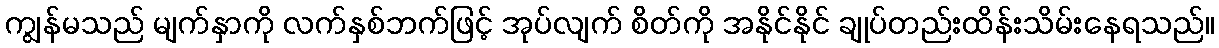
ကျွန်မသည် မျက်နှာကို လက်နှစ်ဘက်ဖြင့် အုပ်လျက် စိတ်ကို အနိုင်နိုင် ချုပ်တည်းထိန်းသိမ်းနေရသည်။